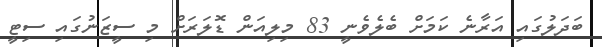
ބަދަލުގައި އަރާނެ ކަމަށް ބެލެވެނީ 83 މިލިއަން ޑޮލަރަށް މި ސީޒަނުގައި ސިޓީ